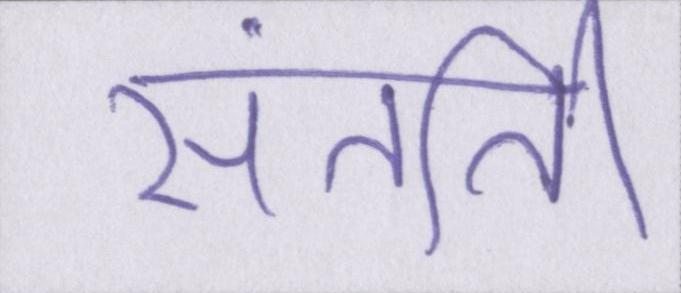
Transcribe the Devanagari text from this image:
संतति